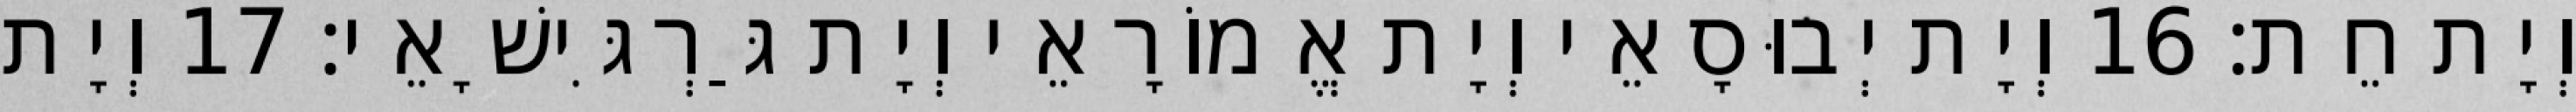
וְיָת חֵת׃ 16 וְיָת יְבוּסָאֵי וְיָת אֱמוֹרָאֵי וְיָת גַּרְגִּישָׁאֵי׃ 17 וְיָת